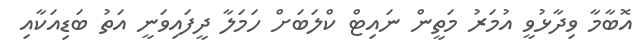
އޮބާމާ ވިދާޅުވީ އުމަރު މަތީން ނައިޓް ކްލަބަށް ހަމަލާ ދީފައިވަނީ އަތު ބަޑިއަކާއި